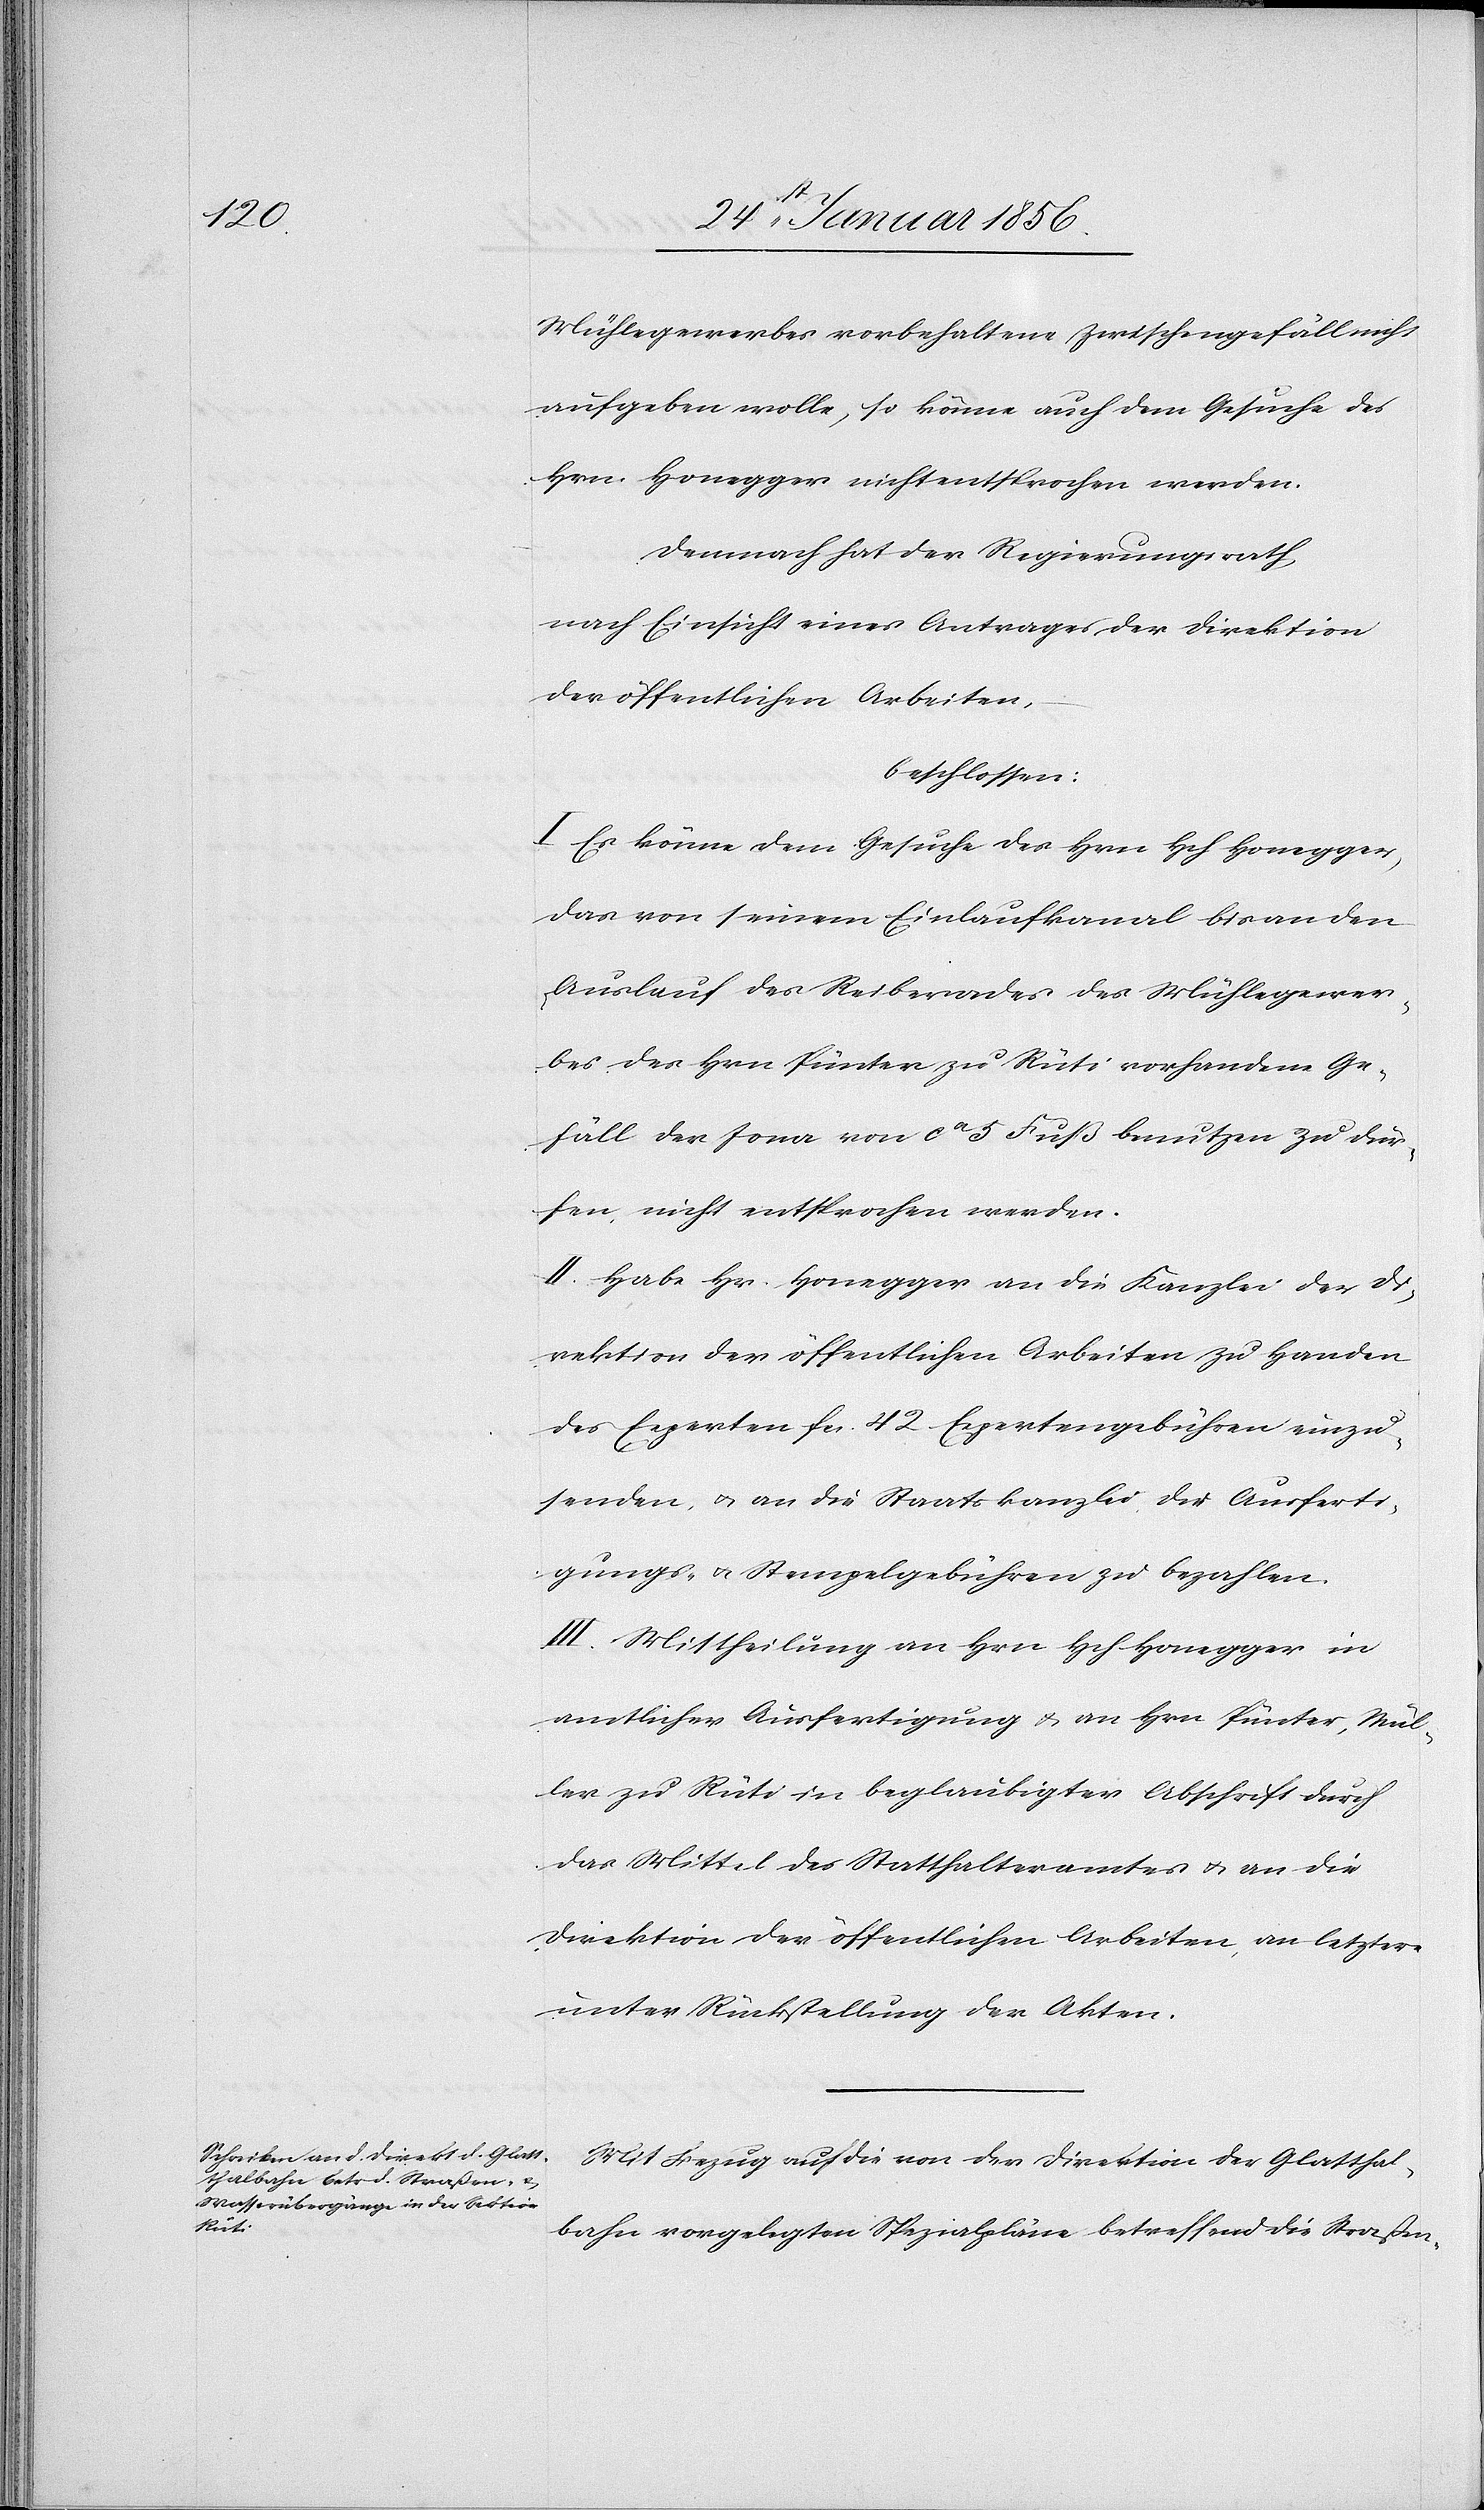
Mühlegewerbes vorbehalten Zwischengefälle nicht
aufgeben wolle, so könne auch dem Gesuche des
Hrn. Honegger nicht entsprochen werden.
Demnach hat der Regierungsrath,
nach Einsicht eines Antrages der Direktion
der öffentlichen Arbeiten,
beschlossen:
I Es könne dem Gesuche des Hrn Hch Honegger,
das von seinem Einlaufkanal bis an den
Auslauf des Reiberades des Mühlegewer¬
bes des Hrn Pünter zu Rüti vorhandene Ge¬
fäll der Jona von ca 5 Fuß benutzen zu dür¬
fen, nicht entsprochen werden.
II. Habe Hr. Honegger an die Kanzlei der Di¬
rektion der öffentlichen Arbeiten zu Handen
des Experten fcs. 42 Expertengebühren einzu¬
senden, & an die Staatskanzlei die Ausferti¬
gungs-. & Stempelgebühren zu bezahlen.
III. Mittheilung an Hrn Hch Honegger in
amtlicher Ausfertigung & an Hrn Pünter, Mül¬
ler zu Rüti in beglaubigter Abschrift durch
das Mittel des Statthalteramtes & an die
Direktion der öffentlichen Arbeiten, an letztere
unter Rückstellung der Akten.
Mit Bezug auf die von der Direktion der Glatthal¬
bahn vorgelegten Spezialpläne betreffend die Strecken-